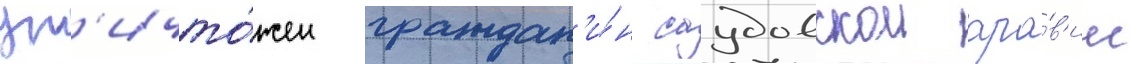
ун'ичто́жен граждан'и́н саудовскои ара́в'ии